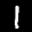
Label: 1